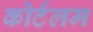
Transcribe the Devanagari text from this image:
कोर्टलम